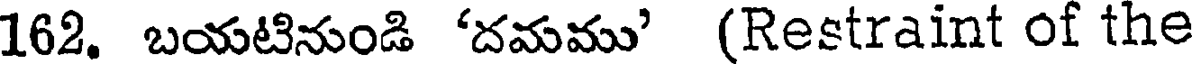
162. బయటినుండి 'దమము' (Restraint of the